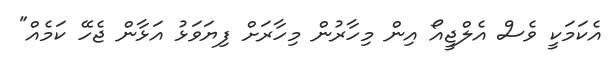
އެކަމަކީ ވެސް އެލްޖީއޯ އިން މިހާރުން މިހާރަށް ފިޔަވަޅު އަޅާން ޖެހޭ ކަމެއް"